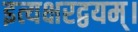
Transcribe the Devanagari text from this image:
इत्यक्षरद्वयम्।